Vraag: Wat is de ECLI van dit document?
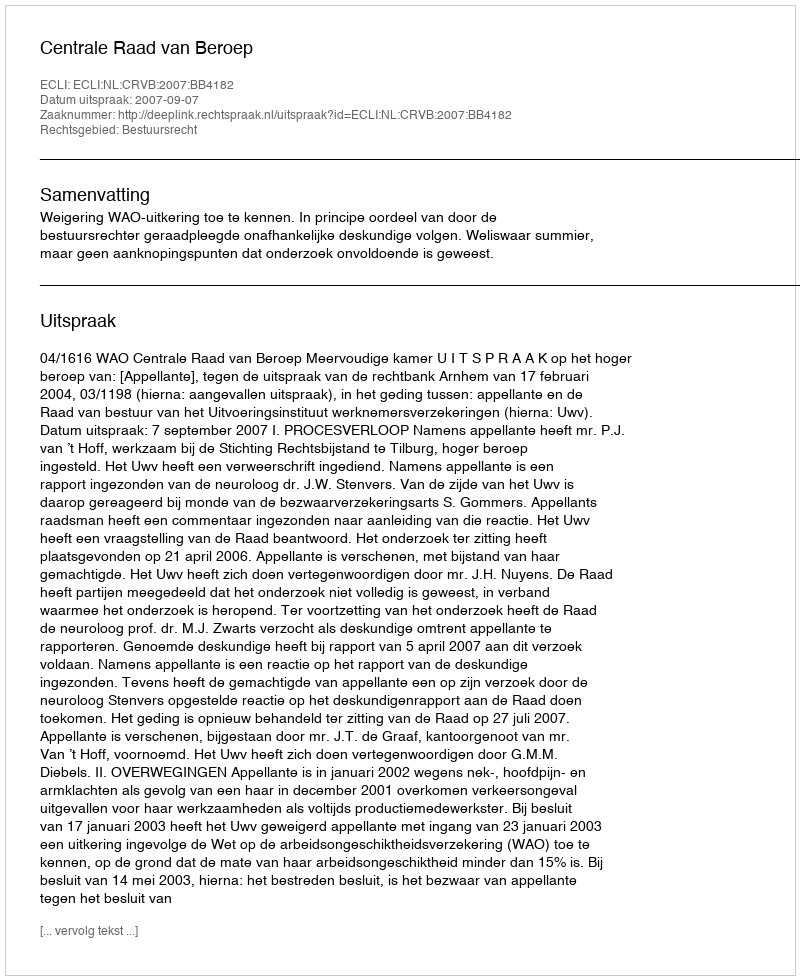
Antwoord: ECLI:NL:CRVB:2007:BB4182